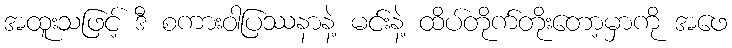
အထူးသဖြင့် ဒီ စကားဝါပြဿနာနဲ့ မင်းနဲ့ ထိပ်တိုက်တိုးတော့မှာကို အဖေ